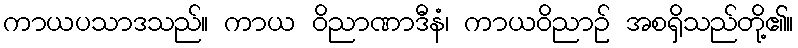
ကာယပသာဒသည်။ ကာယ ဝိညာဏာဒီနံ၊ ကာယဝိညာဉ် အစရှိသည်တို့၏။